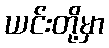
ယင်းတို့မှာ